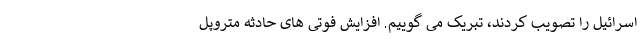
اسرائیل را تصویب کردند، تبریک می گوییم. افزایش فوتی های حادثه متروپل